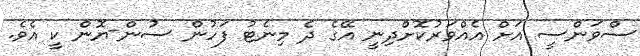
ސްވަންސީ އަށް އެއްވަރުކޮށްދިނީ އޭގެ ދެ މިނެޓު ފަހުން ސުން-ޔޮން ކީ އެވެ.